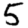
Digit: 5